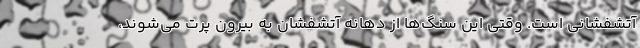
آتشفشانی است. وقتی این سنگ‌ها از دهانه آتشفشان به بیرون پرت می‌شوند،